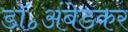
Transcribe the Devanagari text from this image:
डॉ॰अंबेडकर